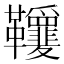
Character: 𩎋